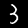
Digit: 3